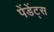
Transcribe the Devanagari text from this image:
पेंडेंट्स